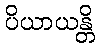
ပိယာယန္တိ